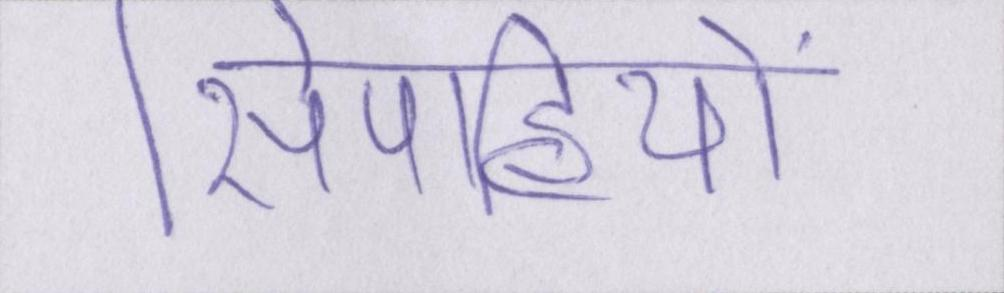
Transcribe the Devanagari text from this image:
सिपाहियों